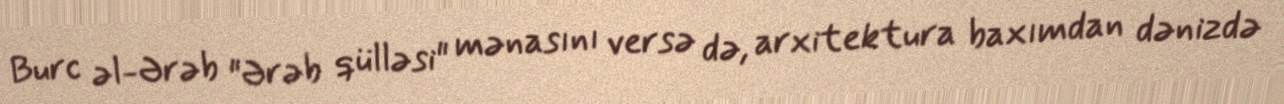
Burc əl-Ərəb "Ərəb qülləsi" mənasını versə də, arxitektura baxımdan dənizdə